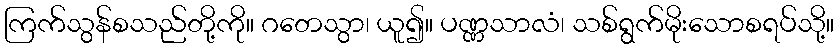
ကြက်သွန်စသည်တို့ကို။ ဂတေသွာ၊ ယူ၍။ ပဏ္ဏသာလံ၊ သစ်ရွက်မိုးသောစရပ်သို့။